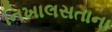
નિખાલસતાના